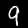
Label: 9